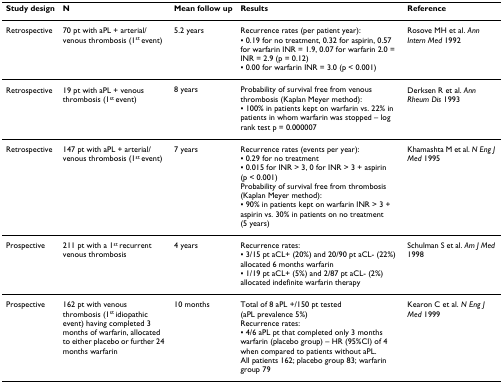
<table><thead><tr><td><b>Study design</b></td><td><b>N</b></td><td><b>Mean follow up</b></td><td><b>Results</b></td><td><b>Reference</b></td></tr></thead><tbody><tr><td>Retrospective</td><td>70 pt with aPL + arterial/venous thrombosis (1<sup>st </sup>event)</td><td>5.2 years</td><td>Recurrence rates (per patient year):▪ 0.19 for no treatment, 0.32 for aspirin, 0.57 for warfarin INR = 1.9, 0.07 for warfarin 2.0 = INR = 2.9 (p = 0.12)▪ 0.00 for warfarin INR = 3.0 (p &lt; 0.001)</td><td>Rosove MH et al. <i>Ann Intern Med </i>1992</td></tr><tr><td>Retrospective</td><td>19 pt with aPL + venous thrombosis (1<sup>st </sup>event)</td><td>8 years</td><td>Probability of survival free from venous thrombosis (Kaplan Meyer method):▪ 100% in patients kept on warfarin vs. 22% in patients in whom warfarin was stopped – log rank test p = 0.000007</td><td>Derksen R et al. <i>Ann Rheum Dis </i>1993</td></tr><tr><td>Retrospective</td><td>147 pt with aPL + arterial/venous thrombosis (1<sup>st </sup>event)</td><td>7 years</td><td>Recurrence rates (events per year):▪ 0.29 for no treatment▪ 0.015 for INR &gt; 3, 0 for INR &gt; 3 + aspirin (p &lt; 0.001)Probability of survival free from thrombosis (Kaplan Meyer method):▪ 90% in patients kept on warfarin INR &gt; 3 + aspirin vs. 30% in patients on no treatment (5 years)</td><td>Khamashta M et al. <i>N Eng J Med </i>1995</td></tr><tr><td>Prospective</td><td>211 pt with a 1<sup>st </sup>recurrent venous thrombosis</td><td>4 years</td><td>Recurrence rates:▪ 3/15 pt aCL+ (20%) and 20/90 pt aCL- (22%) allocated 6 months warfarin▪ 1/19 pt aCL+ (5%) and 2/87 pt aCL- (2%) allocated indefinite warfarin therapy</td><td>Schulman S et al. <i>Am J Med </i>1998</td></tr><tr><td>Prospective</td><td>162 pt with venous thrombosis (1<sup>st </sup>idiopathic event) having completed 3 months of warfarin, allocated to either placebo or further 24 months warfarin</td><td>10 months</td><td>Total of 8 aPL +/150 pt tested (aPL prevalence 5%)Recurrence rates:▪ 4/6 aPL pt that completed only 3 months warfarin (placebo group) – HR (95%CI) of 4 when compared to patients without aPL.All patients 162; placebo group 83; warfarin group 79</td><td>Kearon C et al. <i>N Eng J Med </i>1999</td></tr></tbody></table>